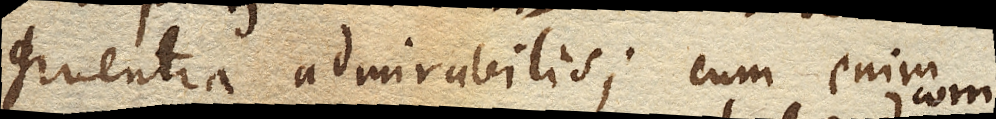
gruentia admirabilis; cum enim